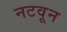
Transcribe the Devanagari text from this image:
नटवून